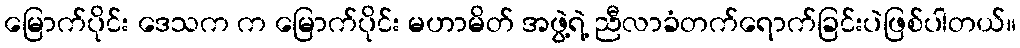
မြောက်ပိုင်း ဒေသက က မြောက်ပိုင်း မဟာမိတ် အဖွဲ့ရဲ့ ညီလာခံတက်ရောက်ခြင်းပဲဖြစ်ပါတယ်။